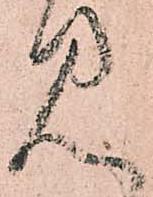
見